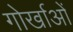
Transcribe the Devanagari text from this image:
गोर्खाओं